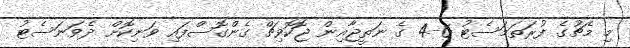
މި މެޗުގެ ފުރަތަމަސެޓު 6-4 ގެ ނަތީޖާއިން ޖޮކޮވިޗް ގެންގޮސްފައި ވަނިކޮށް ދެވަނަސެޓު